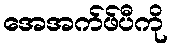
အေအက်ဖ်ပီကို